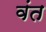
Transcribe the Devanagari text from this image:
वंत